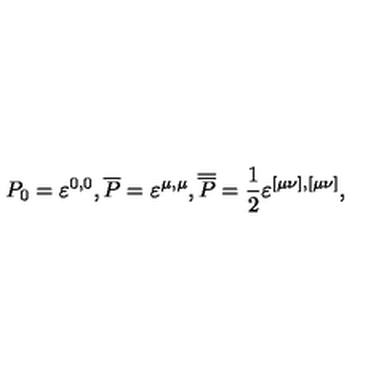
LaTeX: P _ { 0 } = \varepsilon ^ { 0 , 0 } , \overline { { P } } = \varepsilon ^ { \mu , \mu } , \overline { { \overline { { P } } } } = \frac 1 2 \varepsilon ^ { [ \mu \nu ] , [ \mu \nu ] } ,